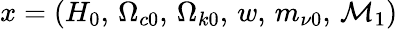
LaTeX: x=(H_{0},\, \Omega_{c0},\, \Omega_{k0},\, w,\, m_{\nu 0},\, \mathcal{M}_{1})